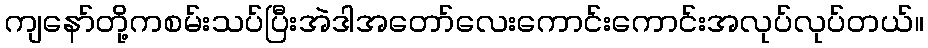
ကျနော်တို့ကစမ်းသပ်ပြီးအဲဒါအတော်လေးကောင်းကောင်းအလုပ်လုပ်တယ်။